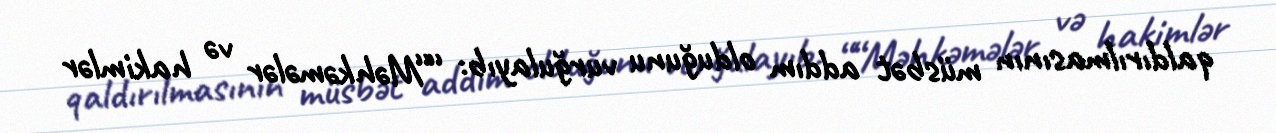
qaldırılmasının müsbət addım olduğunu vurğulayıb: ““Məhkəmələr və hakimlər